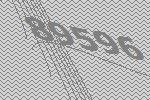
89596